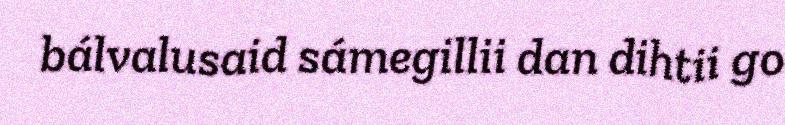
bálvalusaid sámegillii dan dihtii go